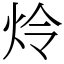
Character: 炩